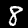
Label: 8